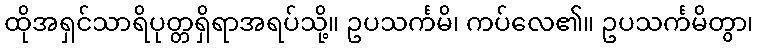
ထိုအရှင်သာရိပုတ္တရှိရာအရပ်သို့။ ဥပသင်္ကမိ၊ ကပ်လေ၏။ ဥပသင်္ကမိတွာ၊